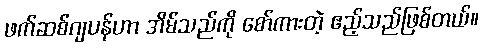
ဖက်ဆစ်ဂျပန်ဟာ အိမ်သည်ကို စော်ကားတဲ့ ဧည့်သည်ဖြစ်တယ်။